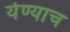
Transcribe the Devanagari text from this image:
येण्याच